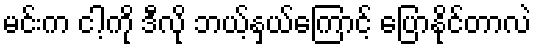
မင်းက ငါ့ကို ဒီလို ဘယ့်နှယ်ကြောင့် ပြောနိုင်တာလဲ